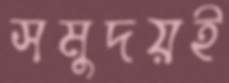
সমুদয়ই